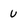
Character: u